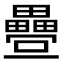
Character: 𭻸